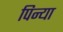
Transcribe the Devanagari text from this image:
पिन्या